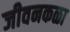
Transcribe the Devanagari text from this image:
जीवनकळा